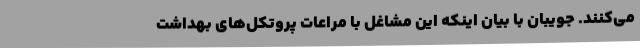
می‌کنند. جویبان با بیان اینکه این مشاغل با مراعات پروتکل‌های بهداشت